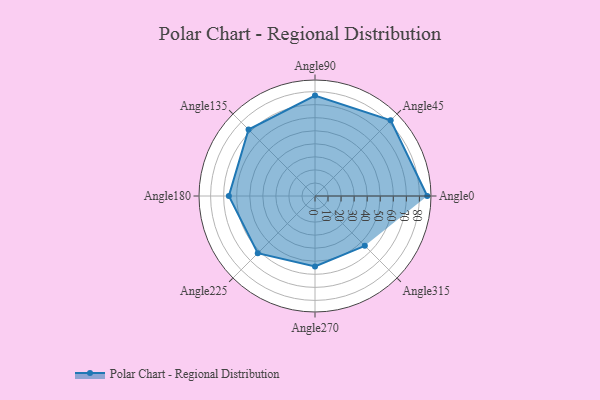
{"axis": {"x": "Angle", "y": "Radius"}, "legend": [""], "data": [{"x": "Angle0", "y": 86.0, "type": ""}, {"x": "Angle45", "y": 82.0, "type": ""}, {"x": "Angle90", "y": 77.0, "type": ""}, {"x": "Angle135", "y": 72.0, "type": ""}, {"x": "Angle180", "y": 66.0, "type": ""}, {"x": "Angle225", "y": 62.0, "type": ""}, {"x": "Angle270", "y": 54.0, "type": ""}, {"x": "Angle315", "y": 54.0, "type": ""}]}